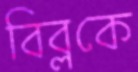
বিব্লকে